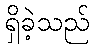
ရှိခဲ့သည်